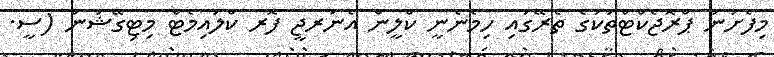
މިފެށުނު ޕްރޮޖެކްޓްތަކުގެ ތެރޭގައި ހިމެނެނީ ކްލީން އެނަރޖީ ފޮރ ކްލައިމެޓް މިޓިގޭޝަން (ސީ.